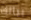
ببالك